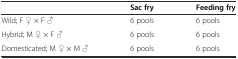
<table><thead><tr><td></td><td><b>Sac fry</b></td><td><b>Feeding fry</b></td></tr></thead><tbody><tr><td>Wild; F ♀ × F ♂</td><td>6 pools</td><td>6 pools</td></tr><tr><td>Hybrid; M ♀ × F ♂</td><td>6 pools</td><td>6 pools</td></tr><tr><td>Domesticated; M ♀ × M ♂</td><td>6 pools</td><td>6 pools</td></tr></tbody></table>